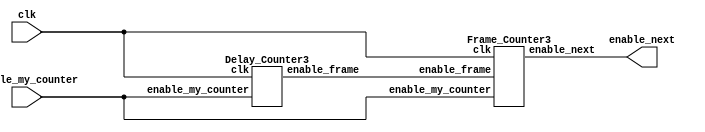

module counter_GLRL(input clk, input enable_my_counter, output enable_next);
		
		wire enable_frame;
		Delay_Counter3 d0(clk, enable_my_counter, enable_frame);
		Frame_Counter3 f0(clk, enable_my_counter, enable_frame, enable_next);
		
endmodule

module Delay_Counter3(input clk, input enable_my_counter, output reg enable_frame);
		reg [19:0] delay_counter = 20'b0;
		always @(posedge clk) begin
			if (enable_my_counter) begin
				if (delay_counter == 20'd833334) begin  //11001011011100110110 8333334  //11001011011100110101 8333333
					delay_counter <= 20'b0;
					enable_frame <= 1;
				end
			
				else begin
					delay_counter <= delay_counter + 1'b1;
					enable_frame <= 0;
				end
			end
			
			else begin
				delay_counter <= 20'b0;
				enable_frame <= 0;
			end
			
		end
		
endmodule

module Frame_Counter3(input clk, input enable_my_counter, input enable_frame, output reg enable_next);
		reg [3:0] frame_counter = 4'b0;
		always @(posedge clk) begin
			if (enable_my_counter) begin
				if (frame_counter == 4'd6) begin
					enable_next <= 1;
					frame_counter <= 4'b0;
				end	
				
				else if (enable_frame) begin
					frame_counter <= frame_counter + 1'b1;
					enable_next <= 0;
				end
			end
			
			else begin
				frame_counter <= 4'b0;
				enable_next <= 0;
			end
			
		end
endmodule